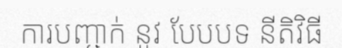
ការបញ្ជាក់ នូវ បែបបទ នីតិវិធី